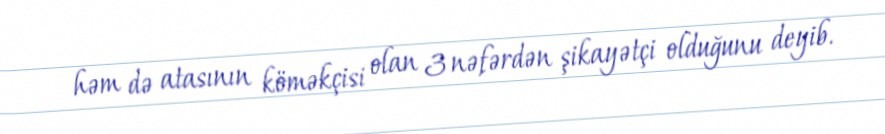
həm də atasının köməkçisi olan 3 nəfərdən şikayətçi olduğunu deyib.